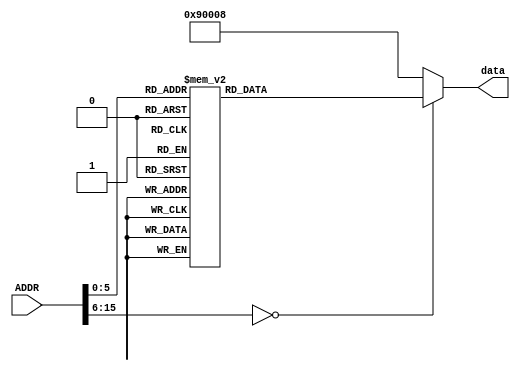
`timescale 1ns / 1ps
//////////////////////////////////////////////////////////////////////////////////
//Prosta pami asynchroniczna zaimplementowana przy wykorzystaniu wyraenia case
//////////////////////////////////////////////////////////////////////////////////


module ROM #(parameter ROM_WIDTH = 21)(
        input [15:0] ADDR,
        output reg [ROM_WIDTH-1:0] data
    );
    

   
//Zmiana na wejciu ADDR powoduje zmien danej na magistrali wyjciowej

//Test wywoania i powrotu z funkcji - program 3 krotnie wywouje funkcje mnozenia dla wartosci z rejestrw r1 i r2, wynik jest zapisywany w rejestrze r0 
always @(*)
   case (ADDR)
      6'b000000: data <= 21'b111010000000000000101; //a = 5
      6'b000001: data <= 21'b110010000000000000001;//r1 = a
      6'b000010: data <= 21'b111010000000000000011; //a = 3
      6'b000011: data <= 21'b110010000000000000010;//r2 = a
      6'b000100: data <= 21'b011010000000000010011;//call mnozenie
      
      6'b000101: data <= 21'b111010000000000000110; //a = 6
      6'b000110: data <= 21'b110010000000000000001;//r1 = a
      6'b000111: data <= 21'b111010000000000000110; //a = 6
      6'b001000: data <= 21'b110010000000000000010;//r2 = a
      6'b001001: data <= 21'b011010000000000010011;//call mnozenie
      
      6'b001010: data <= 21'b111010000000000000111; //a = 7
      6'b001011: data <= 21'b110010000000000000001;//r1 = a
      6'b001100: data <= 21'b111010000000000001000; //a = 8
      6'b001101: data <= 21'b110010000000000000010;//r2 = a
      6'b001110: data <= 21'b011010000000000010011;//call mnozenie
      
      6'b001111: data <= 21'b010010000000000001111;//stop
      6'b010000: data <= 21'b010010000000000001111;//wolne miejsce na instrukcje
      6'b010001: data <= 21'b010010000000000001111;//wolne miejsce na instrukcje
      6'b010010: data <= 21'b010010000000000001111;//wolne miejsce na instrukcje
      
      6'b010011: data <= 21'b111010000000000000000;//a = 0 //mnozenie
      6'b010100: data <= 21'b110010000000000000011;//r3 = a
      6'b010101: data <= 21'b111000000000000000001;//a = r1
      
      6'b010110: data <= 21'b111000000000000000011;//a = r3 - start loop
      6'b010111: data <= 21'b000000000000000000001;//a += r1
      6'b011000: data <= 21'b110010000000000000011;//r3 = a
      6'b011001: data <= 21'b111000000000000000010;//a = r2
      6'b011010: data <= 21'b001010000000000000001;//--a
      6'b011011: data <= 21'b110010000000000000010;//r2 = a
      6'b011100: data <= 21'b010100000000000011110;//jmp if 0
      6'b011101: data <= 21'b010010000000000010110;//jmp loop start
      6'b011110: data <= 21'b111000000000000000011;//a = r3
      6'b011111: data <= 21'b110010000000000000000;//r0 = a
      6'b100000: data <= 21'b100010000000000000000;//ret
      
      default: data <= 21'b010010000000000001000;
   endcase

endmodule